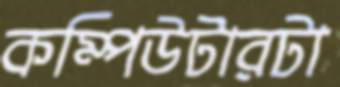
কম্পিউটারটা